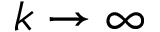
k \rightarrow \infty